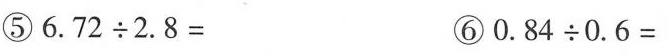
⑤$$6 . 7 2 \div 2 . 8 =$$ ⑥$$0 . 8 4 \div 0 . 6 =$$